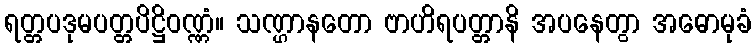
ရတ္တပဒုမပတ္တပိဋ္ဌိဝဏ္ဏံ။ သဏ္ဌာနတော ဗာဟိရပတ္တာနိ အပနေတွာ အဓောမုခံ